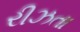
રીઝતા